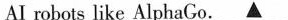
AI robots like AlphaGo. \underline{▲}